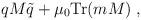
LaTeX: \begin{align*}qM\tilde{q} + \mu_0\mbox{Tr}(mM)\;,\end{align*}